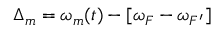
\Delta _ { m } = \omega _ { m } ( t ) - [ \omega _ { F } - \omega _ { F ^ { \prime } } ]